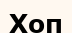
Хоп